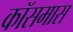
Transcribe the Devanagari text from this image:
कॉसमास